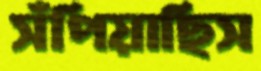
সঁপিয়াছিস